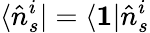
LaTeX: \langle\hat{n}_{s}^{i}|=\langle\mathbf{1}|\hat{n}_{s}^{i}